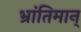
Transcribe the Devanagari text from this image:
भ्रांतिमान्